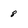
Character: 8